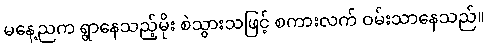
မနေ့ညက ရွာနေသည့်မိုး စဲသွားသဖြင့် စကားလက် ဝမ်းသာနေသည်။